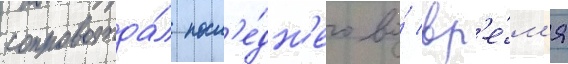
сопровожда́л посл'е́дн'его во́ вр'е́м'я